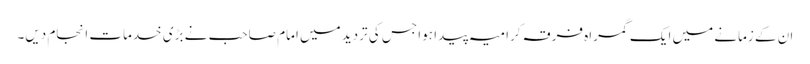
ان کے زمانے میں ایک گمراہ فرقہ کرامیہ پیدا ہوا جس کی تردید میں امام صاحب نے بڑی خدمات انجام دیں۔